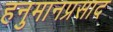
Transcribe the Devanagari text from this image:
हनुमानप्रसाद